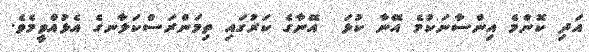
އަދި ކޮންމެ އިންސާނަކުމެ އޭނާ ކުޅަ  އޭނާގެ ކަރުގައި ތިމަންރަސްކަލާނގެ އެޅުއްވީމެވެ.